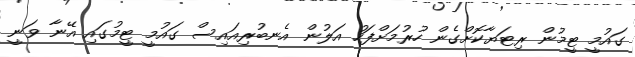
ގައުމީ ޓީމުން ރިޓަޔާކޮށްގެން ހުރުމަށްފަހު އަލުން އެނބުރިއައިސް ގައުމީ ޓީމުގައި އޭނާ ވަނީ